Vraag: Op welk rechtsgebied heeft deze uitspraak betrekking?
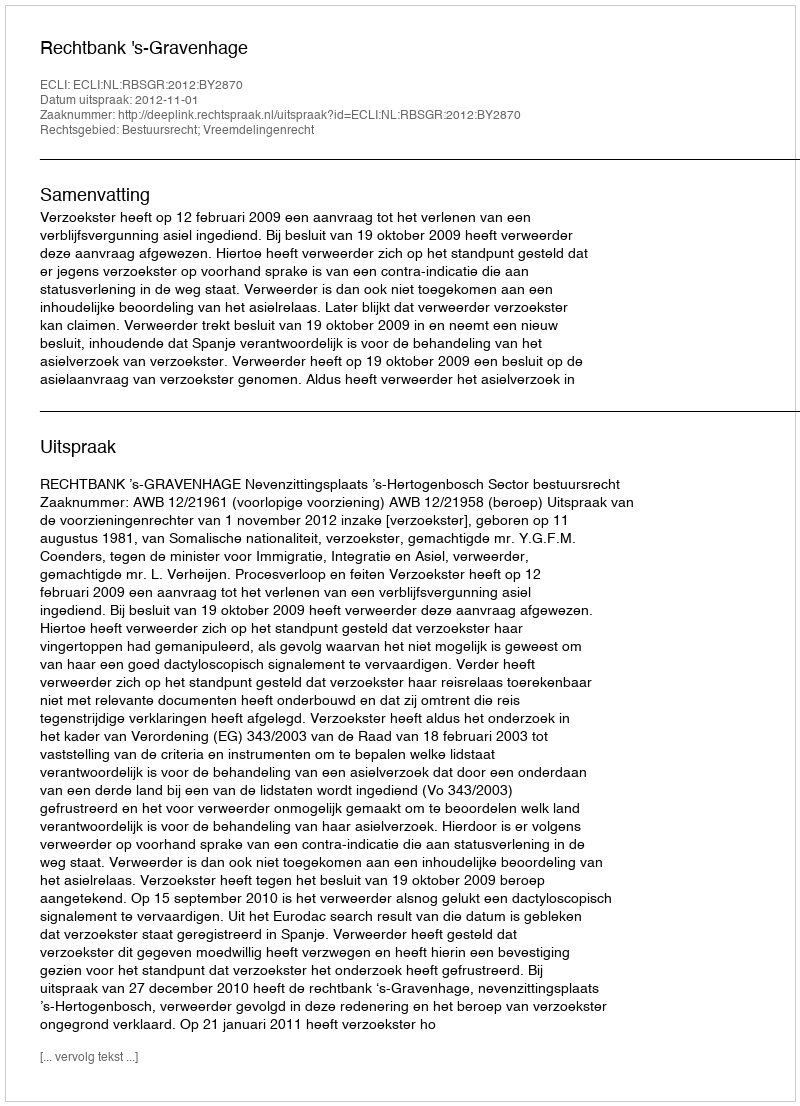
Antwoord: Bestuursrecht; Vreemdelingenrecht